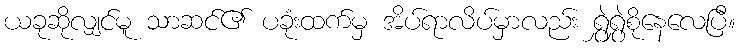
ယခုဆိုလျှင်မူ သာဆင်၏ ပခုံးထက်မှ အိပ်ရာလိပ်မှာလည်း ရွှဲရွှဲစိုနေလေပြီ။